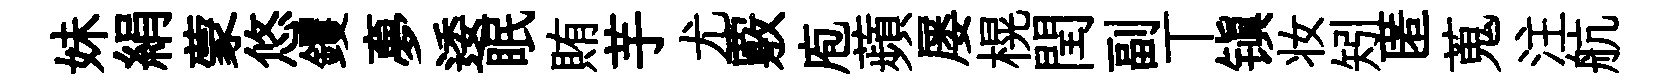
妹絹蒙悠钁夣逶眠賄芋尤覈庖蘋屡榥閏副丅镇妆矧匿蒐注航